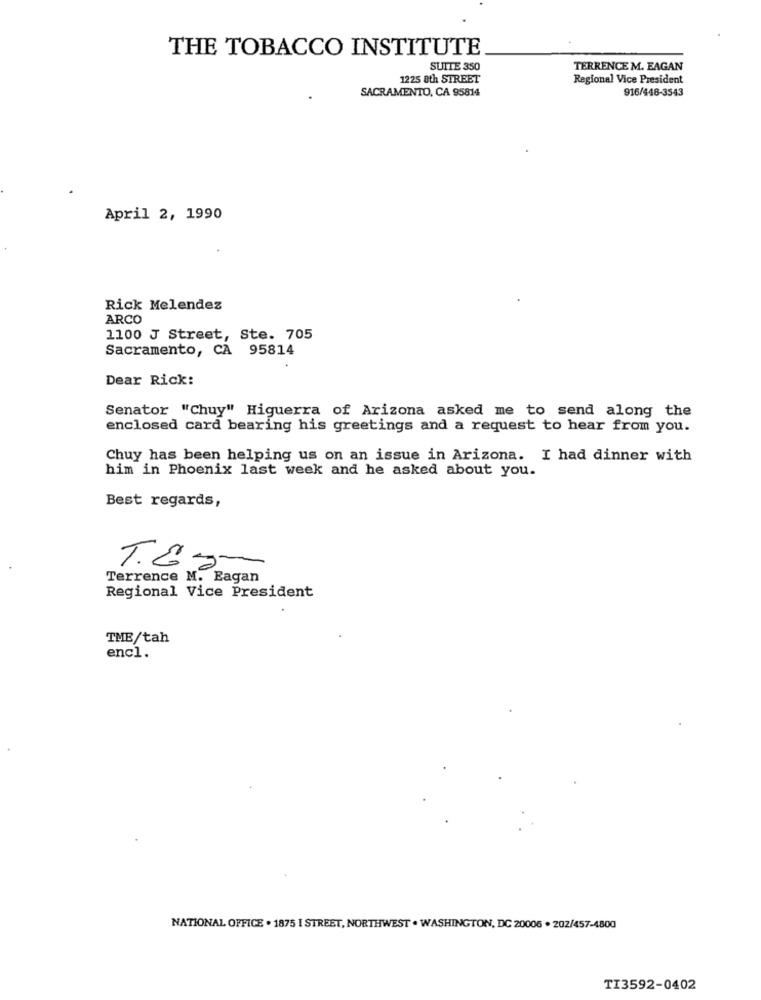
THE TOBACCO INSTITUTE
SUITE 350
TERRENCE M. EAGAN
1225 8th STREET
Regional Vice President
SACRAMENTO, CA 95814
916/448-3543
April 2, 1990
Rick Melendez
ARCO
1100 J Street, Ste. 705
Sacramento, CA 95814
Dear Rick:
Senator "Chuy" Higuerra of Arizona asked me to send along the
enclosed card bearing his greetings and a request to hear from you.
Chuy has been helping us on an issue in Arizona. I had dinner with
him in Phoenix last week and he asked about you.
Best regards,
Terrence M. Eagan
Regional Vice President
TMB/tah
encl.
NATIONAL OFFICE . 1875 I STREET, NORTHWEST . WASHINGTON, DC 20006 . 202/457-4800
TI3592-0402